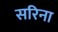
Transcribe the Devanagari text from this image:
सरिना